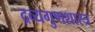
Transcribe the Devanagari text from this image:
द्रव्यगुणशास्त्र